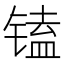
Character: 𰾩